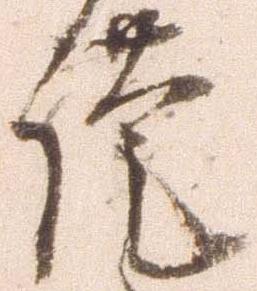
謹